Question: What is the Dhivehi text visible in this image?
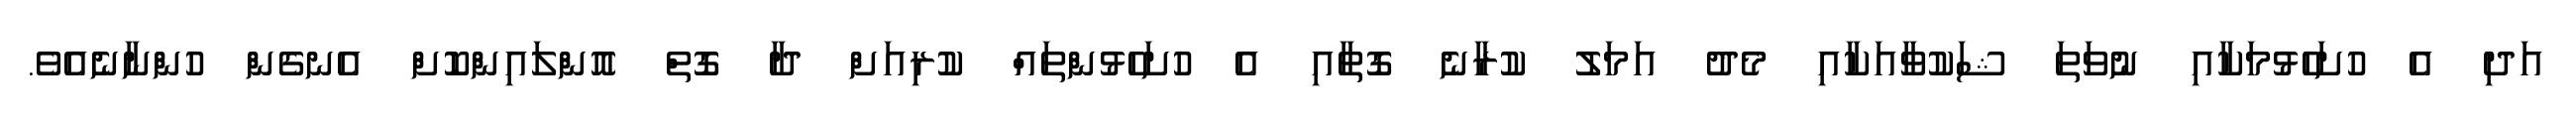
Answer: އަދި އެ ހުށަހެޅުމަކާއި ނުވަތަ ޝަކުވާއަކާއި މެދު އަމަލު ކުރާނެ ގޮތާއި އެ ހުށަހެޅުންތައް ކުރިއަށް ދާ ގޮތް އޮންލައިންކޮށް އެނގެން ހުންނާނެއެވެ.